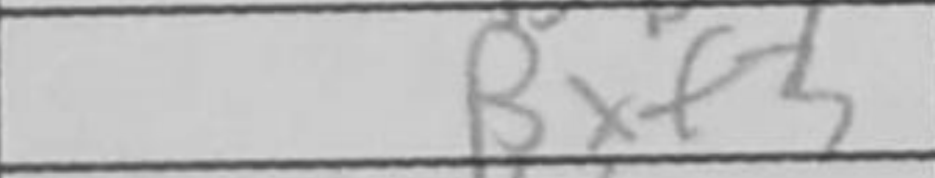
Transcription: Bxf3